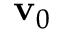
\mathbf { v } _ { 0 }